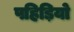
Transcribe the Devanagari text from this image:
पहिड़ियो